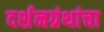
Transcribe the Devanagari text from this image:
दर्शनग्रंथांचा